Papers set at the Examination for Leaving Certificates, 1892
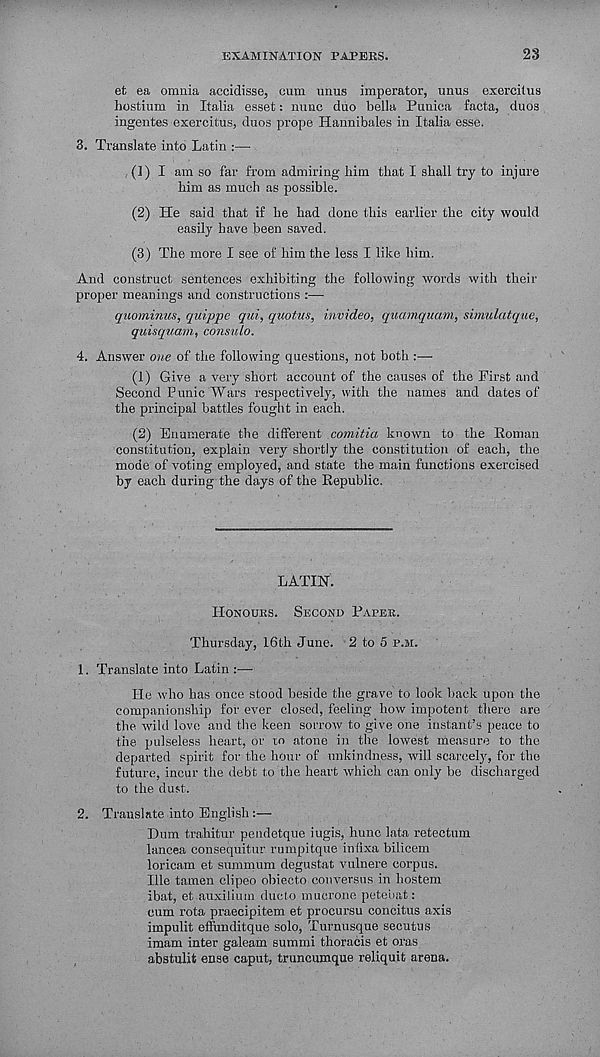
EXAMINATION PAPERS.
28
et ea omnia accidisse, cum unus imperator, unus exercitus
hostium in Italia esset: mine duo bella Punica facta, duos
ingentes exercitus, duos prope Hannibales in Italia esse.
3. Translate into Latin :—
(1) I am so far from admiring him that I shall try to injure
him as much as possible.
(2) He said that if he had done this earlier the city would
easily have been saved.
(3) The more I see of him the less I like him.
And construct sentences exhibiting the following words with their
proper meanings and constructions :—■
quominus, quippe qui, quotas, invideo, quamquam, simulatque,
quisquam, consulo.
4. Answer one of the following questions, not both :—
(1) Give a very short account of the causes of the First and
Second Punic Wars respectively, with the names and dates of
the principal battles fought in each.
(2) Enumerate the different comitia known to the Roman
constitution, explain very shortly the constitution of each, the
mode of voting employed, and state the main functions exercised
by each during the days of the Republic.
LATIN.
HONOURS.
SECOND PAPER.
Thursday, 16th June. 2 to 5 P.M.
1. Translate into Latin :■—■
He who has once stood beside the grave to look back upon the
companionship for ever closed, feeling how impotent there are
the wild love and the keen sorrow to give one instant’s peace to
the pulseless heart, or ro atone in the lowest measure to the
departed spirit for the hour of unkindness, will scarcely, for the
future, incur the debt to the heart which can only be discharged
to the dust.
2. Translate into English:—
Hum trahitur pendetque iugis, hunc lata retectum
lancea eonsequitur rumpitque infixa bilicem
loricam et summum degustat vulnere corpus.
Hie tamen clipeo obiecto converses in hostem
ibat, et auxilium ducto mucrone petebat:
cum rota praecipitem et procursu concitus axis
impulit effunditque solo, Turnusque secutus
imam inter galeam summi thoracis et oras
abstulit ense caput, truncumque reliquit arena.